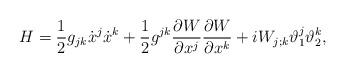
LaTeX: \begin{align*}H=\frac{1}{2} g_{jk} \dot{x}^j \dot{x}^k + \frac{1}{2} g^{jk}\frac{\partial W}{\partial x^j}\frac{\partial W}{\partial x^k} + iW_{j;k} \vartheta^j_1 \vartheta^k_2,\end{align*}